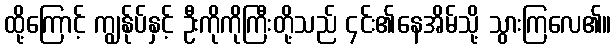
ထို့ကြောင့် ကျွန်ုပ်နှင့် ဦးကိုကိုကြီးတို့သည် ၄င်း၏နေအိမ်သို့ သွားကြလေ၏။